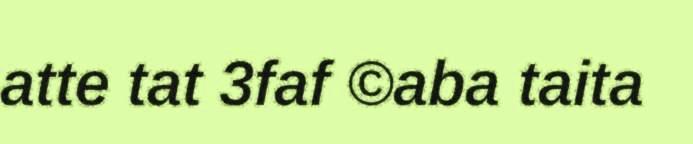
atte tat 3faf ©aba taita